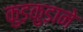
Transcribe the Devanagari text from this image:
कुड़कुड़ाने